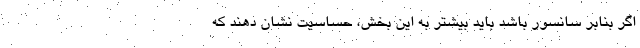
اگر بنا‌بر سانسور باشد باید بیشتر به این بخش، حساسیت نشان دهند که